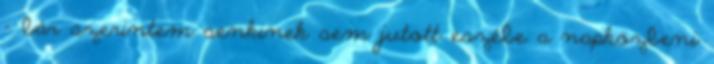
– bár szerintem senkinek sem jutott eszébe a napközbeni